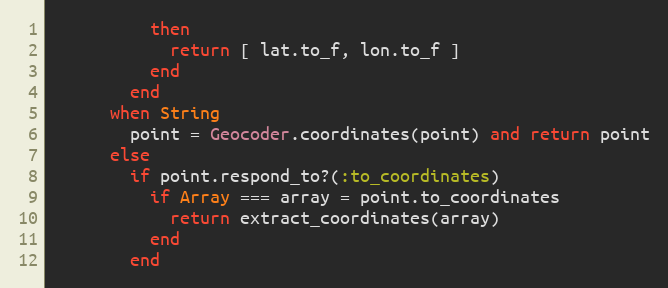
Language: Ruby
          then
            return [ lat.to_f, lon.to_f ]
          end
        end
      when String
        point = Geocoder.coordinates(point) and return point
      else
        if point.respond_to?(:to_coordinates)
          if Array === array = point.to_coordinates
            return extract_coordinates(array)
          end
        end